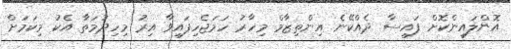
އޮންލައިންކޮށް ފައިސާ ދެއްކޭނެ އިންތިޒާމް މިހާރު ހަމަޖެހިފައިވާ އިރު މިހިދުމަތާ އެކު މިކަމަށް